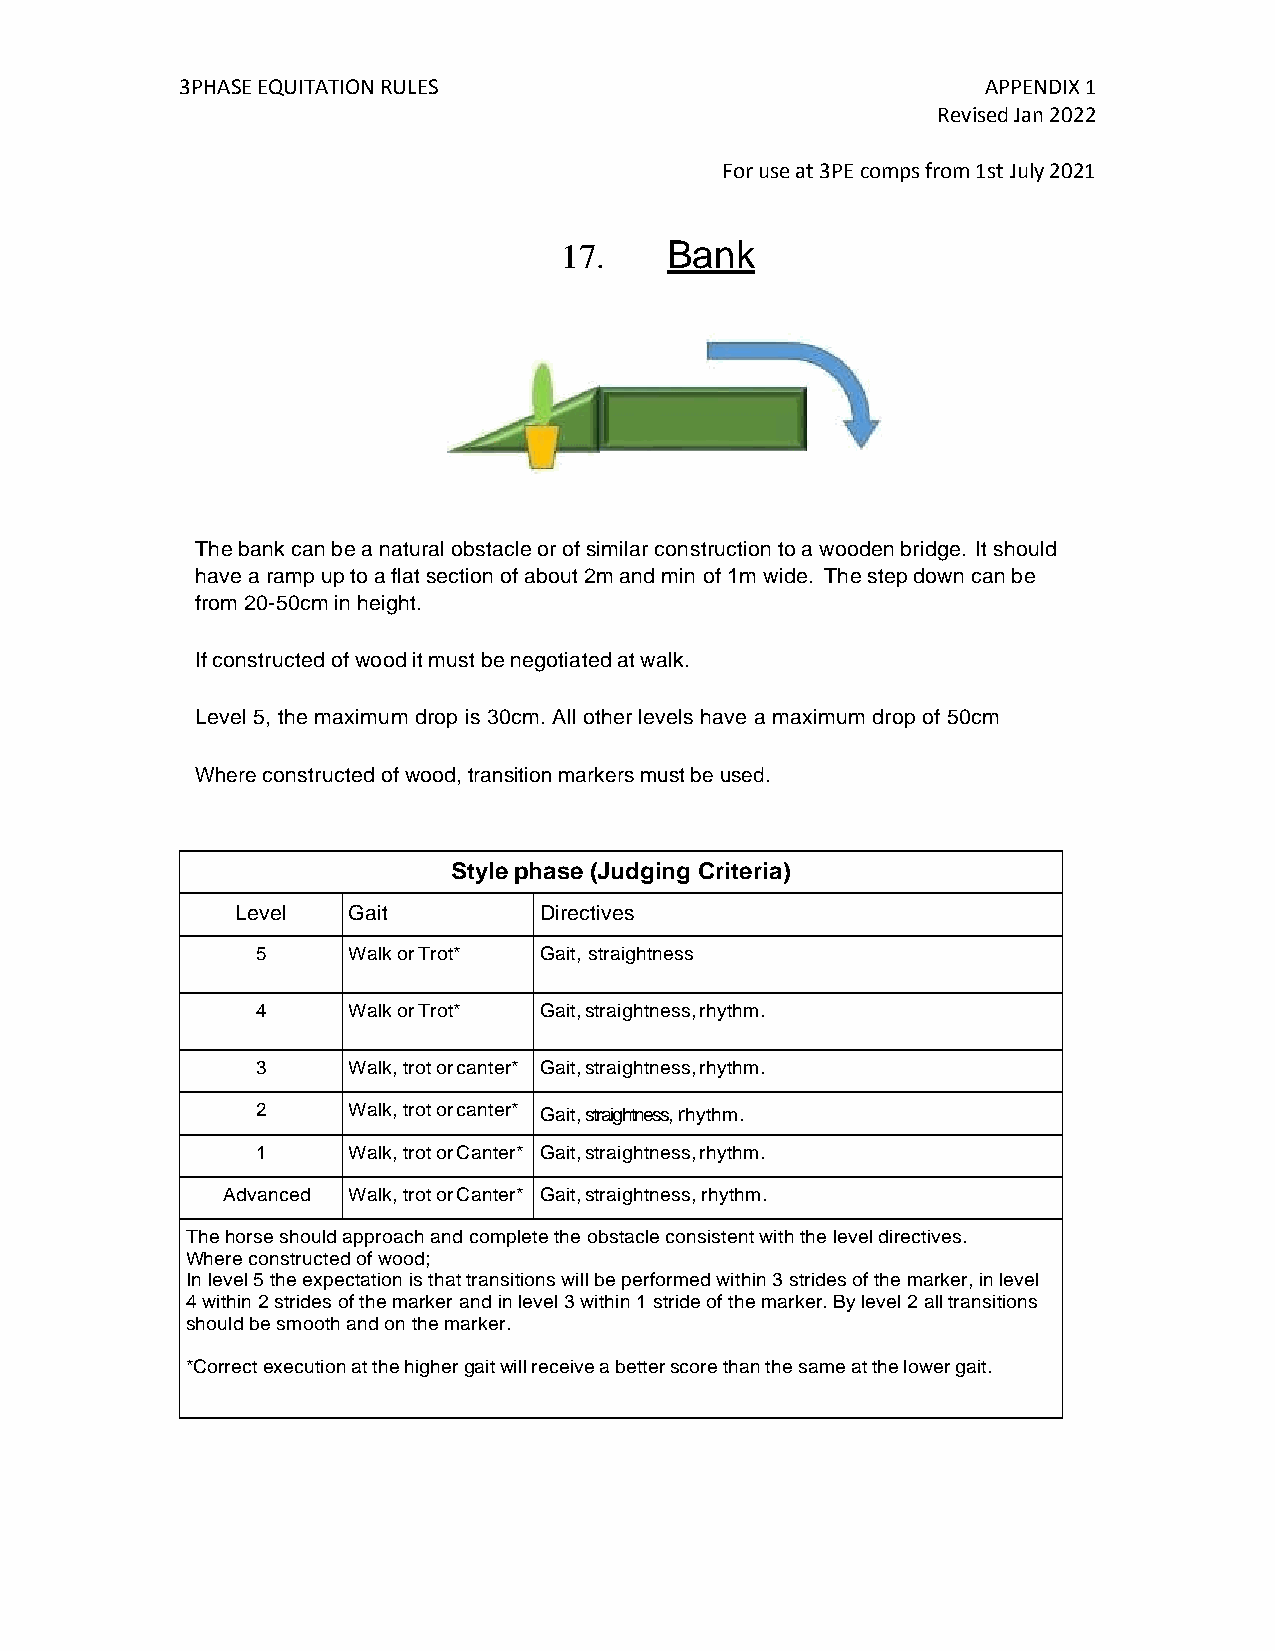
3PHASE EQUITATION RULES                              APPENDIX 1
 Revised Jan 2022
 For use at 3PE comps from 1st July 2021
 17.    Bank
 The bank can be a natural obstacle or of similar construction to a wooden bridge. It should
 have a ramp up to a flat section of about 2m and min of 1m wide. The step down can be
 from 20-50cm in height.
 If constructed of wood it must be negotiated at walk.
 Level 5, the maximum drop is 30cm. All other levels have a maximum drop of 50cm
 Where constructed of wood, transition markers must be used.
 Style phase (Judging Criteria)
 Level  Gait         Directives
 5     Walk or Trot* Gait, straightness
 4     Walk or Trot* Gait, straightness, rhythm.
 3     Walk, trot or canter* Gait, straightness, rhythm.
 2     Walk, trot or canter* Gait, straightness, rhythm.
 1     Walk, trot or Canter* Gait, straightness, rhythm.
 Advanced Walk, trot or Canter* Gait, straightness, rhythm.
 The horse should approach and complete the obstacle consistent with the level directives.
 Where constructed of wood;
 In level 5 the expectation is that transitions will be performed within 3 strides of the marker, in level
 4 within 2 strides of the marker and in level 3 within 1 stride of the marker. By level 2 all transitions
 should be smooth and on the marker.
 *Correct execution at the higher gait will receive a better score than the same at the lower gait.